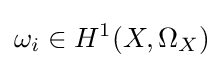
\omega _{i}\in H^{1}(X,\Omega _{X})